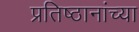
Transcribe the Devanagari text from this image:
प्रतिष्ठानांच्या